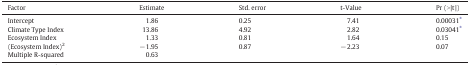
<table><thead><tr><td><b>Factor</b></td><td><b>Estimate</b></td><td><b>Std. error</b></td><td><b>t-Value</b></td><td><b>Pr (&gt;|t |)</b></td></tr></thead><tbody><tr><td>Intercept</td><td>1.86</td><td>0.25</td><td>7.41</td><td>0.00031⁎</td></tr><tr><td>Climate Type Index</td><td>13.86</td><td>4.92</td><td>2.82</td><td>0.03041⁎</td></tr><tr><td>Ecosystem Index</td><td>1.33</td><td>0.81</td><td>1.64</td><td>0.15</td></tr><tr><td>(Ecosystem Index)<sup>2</sup></td><td>− 1.95</td><td>0.87</td><td>− 2.23</td><td>0.07</td></tr><tr><td>Multiple R-squared</td><td>0.63</td><td></td><td></td><td></td></tr></tbody></table>